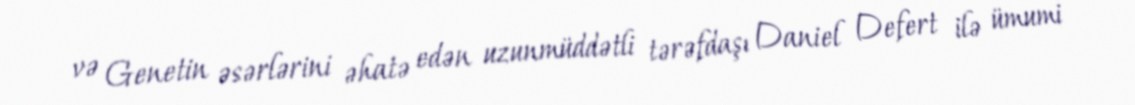
və Genetin əsərlərini əhatə edən uzunmüddətli tərəfdaşı Daniel Defert ilə ümumi